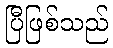
ပြီဖြစ်သည်